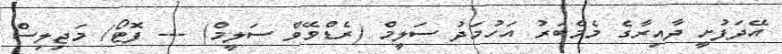
އޭދަފުށީ ދާއިރާގެ މެމްބަރު އަހުމަދު ސަލީމް (ރެޑްވޭވް ސަލީމް) --- ފޮޓޯ/ މަޖިލިސް